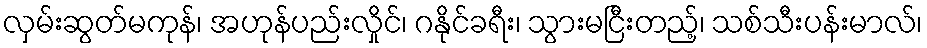
လှမ်းဆွတ်မကုန်၊ အဟုန်ပည်းလှိုင်၊ ဂနိုင်ခရီး၊ သွားမငြီးတည့်၊ သစ်သီးပန်းမာလ်၊